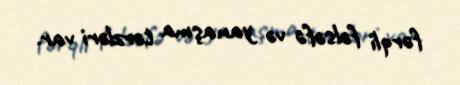
fərqli fəlsəfə və yanaşma tərzləri var.